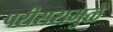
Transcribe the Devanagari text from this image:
परीसरामुळे